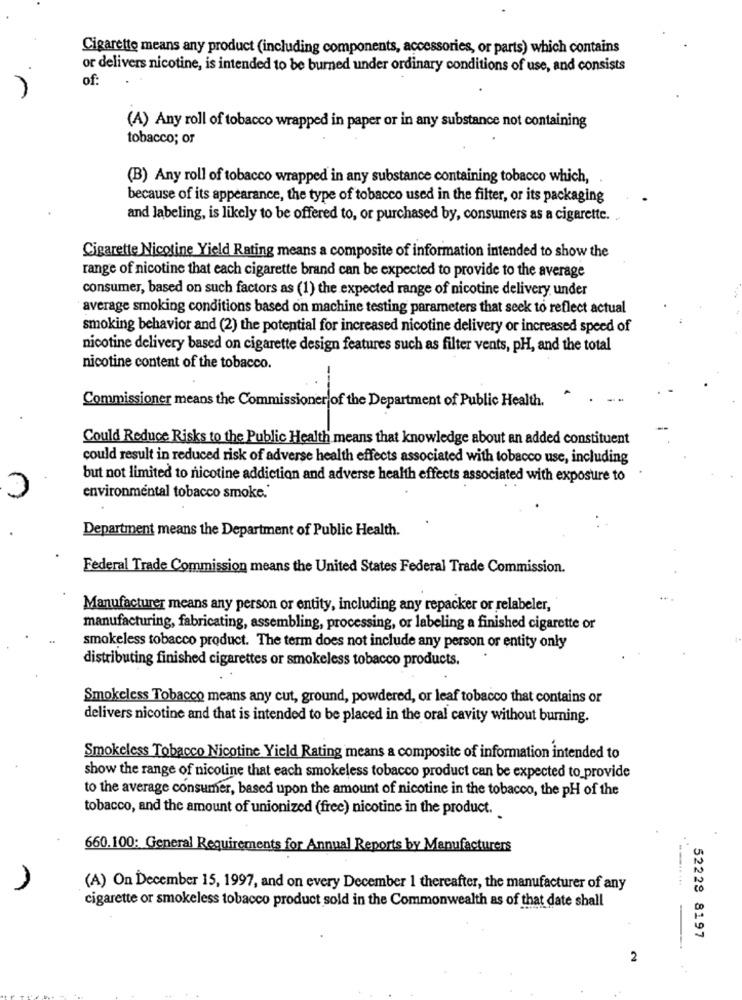
Cigarette means any product (including components, accessories, or parts) which contains
or delivers nicotine, is intended to be burned under ordinary conditions of use, and consists
of:
(A) Any roll of tobacco wrapped in paper or in any substance not containing
tobacco; or
(B) Any roll of tobacco wrapped in any substance containing tobacco which,
because of its appearance, the type of tobacco used in the filter, or its packaging
and labeling, is likely to be offered to, or purchased by, consumers as a cigarette.
Cigarette Nicotine Yield Rating means a composite of information intended to show the
range of nicotine that each cigarette brand can be expected to provide to the average
consumer, based on such factors as (1) the expected range of nicotine delivery under
average smoking conditions based on machine testing parameters that seek to reflect actual
smoking behavior and (2) the potential for increased nicotine delivery or increased speed of
nicotine delivery based on cigarette design features such as filter vents, pH, and the total
nicotine content of the tobacco.
Commissioner means the Commissioner of the Department of Public Health.
Could Reduce Risks to the Public Health means that knowledge about an added constituent
could result in reduced risk of adverse health effects associated with tobacco use, including
but not limited to nicotine addiction and adverse health effects associated with exposure to
environmental tobacco smoke.
Department means the Department of Public Health.
Federal Trade Commission means the United States Federal Trade Commission.
Manufacturer means any person or entity, including any repacker or relabeler,
manufacturing, fabricating, assembling, processing, or labeling a finished cigarette or
smokeless tobacco product. The term does not include any person or entity only
distributing finished cigarettes or smokeless tobacco products.
Smokeless Tobacco means any cut, ground, powdered, or leaf tobacco that contains or
delivers nicotine and that is intended to be placed in the oral cavity without burning.
Smokeless Tobacco Nicotine Yield Rating means a composite of information intended to
show the range of nicotine that each smokeless tobacco product can be expected to provide
to the average consumer, based upon the amount of nicotine in the tobacco, the pH of the
tobacco, and the amount of unionized (free) nicotine in the product.
660.100: General Requirements for Annual Reports by Manufacturers
(A) On December 15, 1997, and on every December 1 thereafter, the manufacturer of any
cigarette or smokeless tobacco product sold in the Commonwealth as of that date shall
52228 8197
2